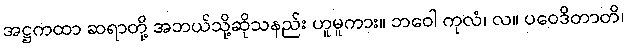
အဋ္ဌကထာ ဆရာတို့ အဘယ်သို့ဆိုသနည်း ဟူမူကား။ ဘဝေါ ကုလံ၊ လ။ ပဝေဒိတာတိ၊